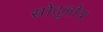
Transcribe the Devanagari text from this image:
सोदूलोय